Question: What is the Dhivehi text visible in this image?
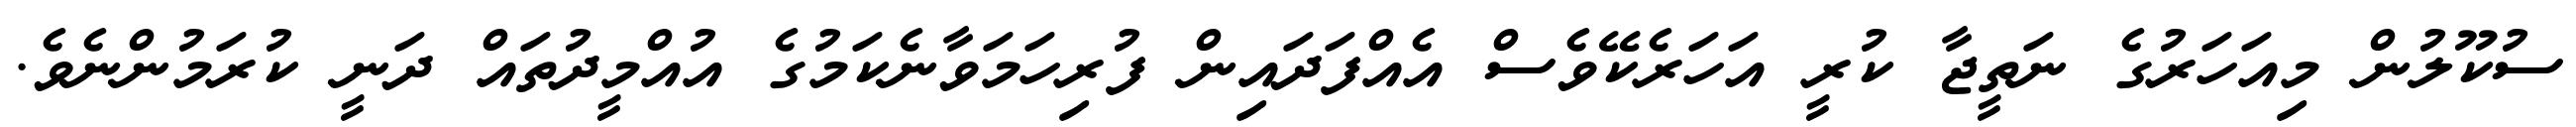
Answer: ސުކޫލުން މިއަހަރުގެ ނަތީޖާ ކުރީ އަހަރެކޭވެސް އެއްފަދައިން ފުރިހަމަވާނެކަމުގެ އުއްމީދުތައް ދަނީ ކުރަމުންނެވެ.